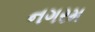
નગરમ